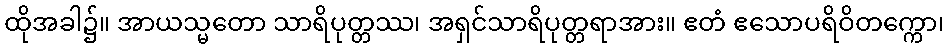
ထိုအခါ၌။ အာယသ္မတော သာရိပုတ္တဿ၊ အရှင်သာရိပုတ္တရာအား။ ဧတံ ဧသောပရိဝိတက္ကော၊